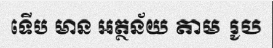
ទើប មាន អត្ថន័យ តាម រូប